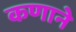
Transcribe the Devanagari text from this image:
कणाने